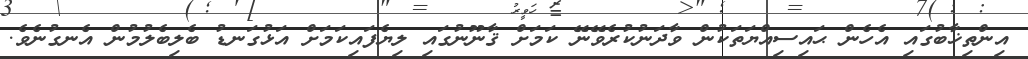
އިންތިޚާބުގައި އެހެން ޙައިސިއްޔަތަކުން ވާދަނުކުރެވޭނޭ ކަމަށް ޤާނޫނުގައި ލިޔެފައިކަމަށް އަޅުގަނޑު ބެލިބެލުމުން އެނގުނެވެ.